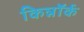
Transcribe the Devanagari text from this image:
किन्नॉर्क